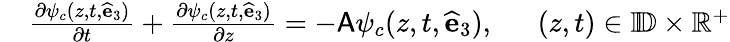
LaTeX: \begin{array}{rl}&{\frac{\partial\psi_{c}(z,t,\widehat{\mathbf{e}}_{3})}{\partial t}+\frac{\partial\psi_{c}(z,t,\widehat{\mathbf{e}}_{3})}{\partial z}=-\mathsf{A}\psi_{c}(z,t,\widehat{\mathbf{e}}_{3}),~~~~~~(z,t)\in\mathbb{I\! D}\times\mathbb{R}^{+}}\end{array}